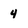
Character: 4